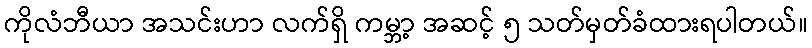
ကိုလံဘီယာ အသင်းဟာ လက်ရှိ ကမ္ဘာ့ အဆင့် ၅ သတ်မှတ်ခံထားရပါတယ်။